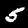
Label: 5